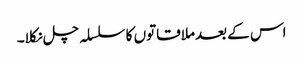
اس کے بعدملاقاتوں کا سلسلہ چل نکلا۔